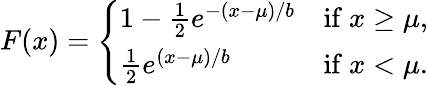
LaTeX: F(x)={\left\{ \begin{array}{ll}{1-{\frac{1}{2}}e^{-(x-\mu)/b}}&{{\mathrm{if~}}x\geq\mu,}\\ {{\frac{1}{2}}e^{(x-\mu)/b}}&{{\mathrm{if~}}x<\mu.}\end{array}\right.}